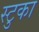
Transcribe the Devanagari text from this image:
स्टुका